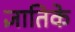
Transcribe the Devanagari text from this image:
ज्ञातिके